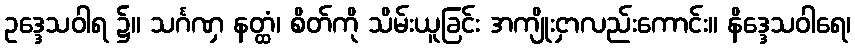
ဥဒ္ဒေသဝါရ ၌။ သင်္ဂဏှ နတ္ထံ၊ စိတ်ကို သိမ်းယူခြင်း အကျိုးငှာလည်းကောင်း။ နိဒ္ဒေသဝါရေ၊